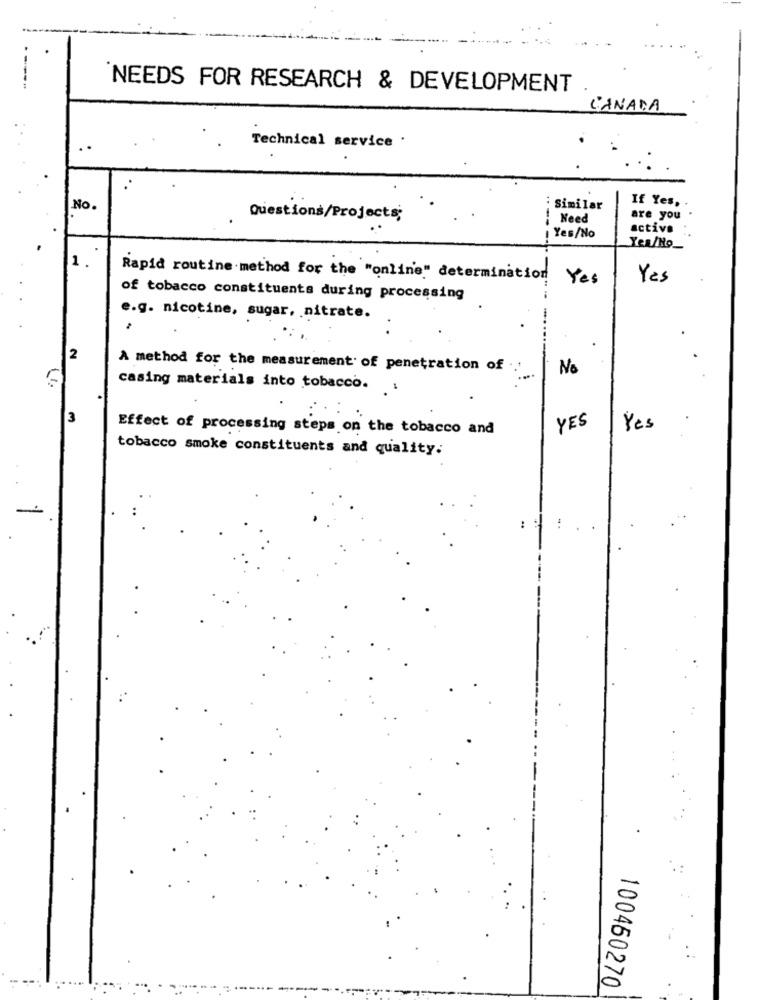
NEEDS FOR RESEARCH & DEVELOPMENT
CANADA
Technical service .
No
: Similar
If Yes, .
Questions/Projects;
Need
are you
active
Yes/No
Yes/No_
1.
Rapid routine method for the "online" determination
Yes
Yes
of tobacco constituents during processing
e.g. nicotine, sugar, nitrate.
2
A method for the measurement of penetration of .. '
No
casing materials into tobacco.
3
YES
Effect of processing steps on the tobacco and
Yes
tobacco smoke constituents and quality.
100460270